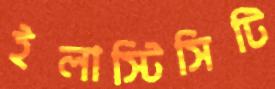
ইলাস্টিসিটি